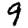
Digit: 9